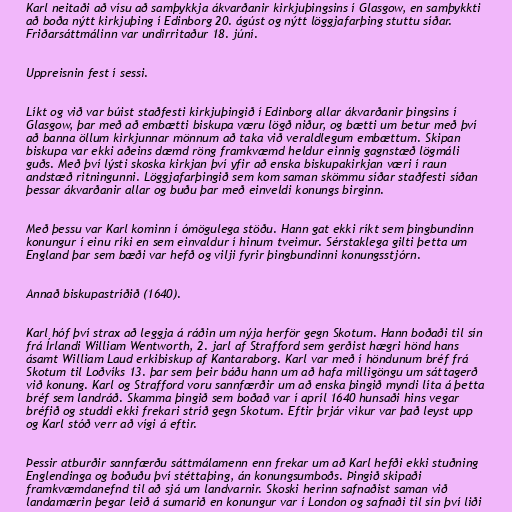
Karl neitaði að vísu að samþykkja ákvarðanir kirkjuþingsins í Glasgow, en samþykkti
að boða nýtt kirkjuþing í Edinborg 20. ágúst og nýtt löggjafarþing stuttu síðar.
Friðarsáttmálinn var undirritaður 18. júní.

Uppreisnin fest í sessi.

Líkt og við var búist staðfesti kirkjuþingið í Edinborg allar ákvarðanir þingsins í
Glasgow, þar með að embætti biskupa væru lögð niður, og bætti um betur með því
að banna öllum kirkjunnar mönnum að taka við veraldlegum embættum. Skipan
biskupa var ekki aðeins dæmd röng framkvæmd heldur einnig gagnstæð lögmáli
guðs. Með því lýsti skoska kirkjan því yfir að enska biskupakirkjan væri í raun
andstæð ritningunni. Löggjafarþingið sem kom saman skömmu síðar staðfesti síðan
þessar ákvarðanir allar og buðu þar með einveldi konungs birginn.

Með þessu var Karl kominn í ómögulega stöðu. Hann gat ekki ríkt sem þingbundinn
konungur í einu ríki en sem einvaldur í hinum tveimur. Sérstaklega gilti þetta um
England þar sem bæði var hefð og vilji fyrir þingbundinni konungsstjórn.

Annað biskupastríðið (1640).

Karl hóf því strax að leggja á ráðin um nýja herför gegn Skotum. Hann boðaði til sín
frá Írlandi William Wentworth, 2. jarl af Strafford sem gerðist hægri hönd hans
ásamt William Laud erkibiskup af Kantaraborg. Karl var með í höndunum bréf frá
Skotum til Loðvíks 13. þar sem þeir báðu hann um að hafa milligöngu um sáttagerð
við konung. Karl og Strafford voru sannfærðir um að enska þingið myndi líta á þetta
bréf sem landráð. Skamma þingið sem boðað var í apríl 1640 hunsaði hins vegar
bréfið og studdi ekki frekari stríð gegn Skotum. Eftir þrjár vikur var það leyst upp
og Karl stóð verr að vígi á eftir.

Þessir atburðir sannfærðu sáttmálamenn enn frekar um að Karl hefði ekki stuðning
Englendinga og boðuðu því stéttaþing, án konungsumboðs. Þingið skipaði
framkvæmdanefnd til að sjá um landvarnir. Skoski herinn safnaðist saman við
landamærin þegar leið á sumarið en konungur var í London og safnaði til sín því liði